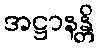
အဋ္ဌာနန္တိ